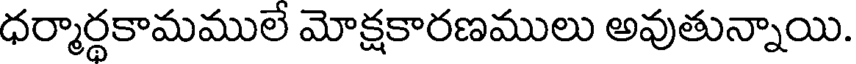
ధర్మార్థకామములే మోక్షకారణములు అవుతున్నాయి.